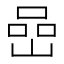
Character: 嵒